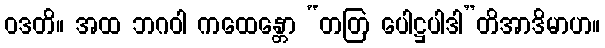
ဝဒတိ။ အထ ဘဂဝါ ကထေန္တော “တတြ ပေါဋ္ဌပါဒါ”တိအာဒိမာဟ။